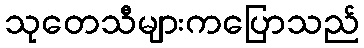
သုတေသီများကပြောသည်